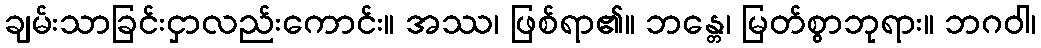
ချမ်းသာခြင်းငှာလည်းကောင်း။ အဿ၊ ဖြစ်ရာ၏။ ဘန္တေ၊ မြတ်စွာဘုရား။ ဘဂဝါ၊